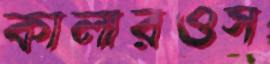
কালারওস